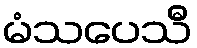
မံသပေသီ